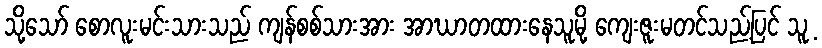
သို့သော် စောလူးမင်းသားသည် ကျန်စစ်သားအား အာဃာတထားနေသူမို့ ကျေးဇူးမတင်သည့်ပြင် သူ့